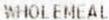
WHOLEMEAL